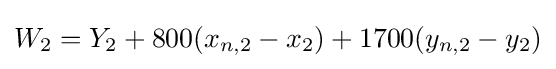
W_{2}=Y_{2}+800(x_{n,2}-x_{2})+1700(y_{n,2}-y_{2})